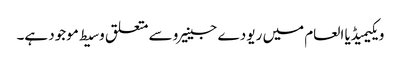
ویکیمیڈیا العام میں ریو دے جینیرو سے متعلق وسیط موجود ہے۔